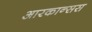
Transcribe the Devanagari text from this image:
आरकान्सस